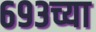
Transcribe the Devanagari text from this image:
६९३च्या